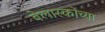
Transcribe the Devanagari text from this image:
वेलास्कोच्या